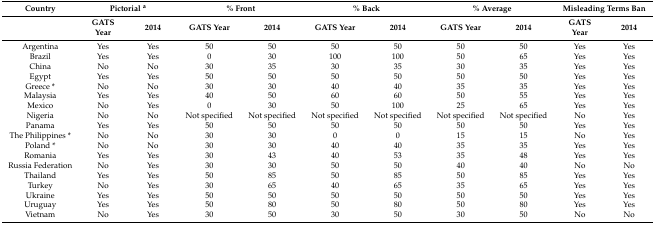
<table><thead><tr><td><b>Country</b></td><td colspan="2"><b>Pictorial <sup>a</sup></b></td><td colspan="2"><b>% Front</b></td><td colspan="2"><b>% Back</b></td><td colspan="2"><b>% Average</b></td><td colspan="2"><b>Misleading Terms Ban</b></td></tr><tr><td></td><td><b>GATS Year</b></td><td><b>2014</b></td><td><b>GATS Year</b></td><td><b>2014</b></td><td><b>GATS Year</b></td><td><b>2014</b></td><td><b>GATS Year</b></td><td><b>2014</b></td><td><b>GATS Year</b></td><td><b>2014</b></td></tr></thead><tbody><tr><td>Argentina</td><td>Yes</td><td>Yes</td><td>50</td><td>50</td><td>50</td><td>50</td><td>50</td><td>50</td><td>Yes</td><td>Yes</td></tr><tr><td>Brazil</td><td>Yes</td><td>Yes</td><td>0</td><td>30</td><td>100</td><td>100</td><td>50</td><td>65</td><td>Yes</td><td>Yes</td></tr><tr><td>China</td><td>No</td><td>No</td><td>30</td><td>35</td><td>30</td><td>35</td><td>30</td><td>35</td><td>Yes</td><td>Yes</td></tr><tr><td>Egypt</td><td>Yes</td><td>Yes</td><td>50</td><td>50</td><td>50</td><td>50</td><td>50</td><td>50</td><td>Yes</td><td>Yes</td></tr><tr><td>Greece *</td><td>No</td><td>No</td><td>30</td><td>30</td><td>40</td><td>40</td><td>35</td><td>35</td><td>Yes</td><td>Yes</td></tr><tr><td>Malaysia</td><td>Yes</td><td>Yes</td><td>40</td><td>50</td><td>60</td><td>60</td><td>50</td><td>55</td><td>Yes</td><td>Yes</td></tr><tr><td>Mexico</td><td>No</td><td>Yes</td><td>0</td><td>30</td><td>50</td><td>100</td><td>25</td><td>65</td><td>Yes</td><td>Yes</td></tr><tr><td>Nigeria</td><td>No</td><td>No</td><td>Not specified</td><td>Not specified</td><td>Not specified</td><td>Not specified</td><td>Not specified</td><td>Not specified</td><td>No</td><td>Yes</td></tr><tr><td>Panama</td><td>Yes</td><td>Yes</td><td>50</td><td>50</td><td>50</td><td>50</td><td>50</td><td>50</td><td>Yes</td><td>Yes</td></tr><tr><td>The Philippines *</td><td>No</td><td>No</td><td>30</td><td>30</td><td>0</td><td>0</td><td>15</td><td>15</td><td>No</td><td>Yes</td></tr><tr><td>Poland *</td><td>No</td><td>No</td><td>30</td><td>30</td><td>40</td><td>40</td><td>35</td><td>35</td><td>Yes</td><td>Yes</td></tr><tr><td>Romania</td><td>Yes</td><td>Yes</td><td>30</td><td>43</td><td>40</td><td>53</td><td>35</td><td>48</td><td>Yes</td><td>Yes</td></tr><tr><td>Russia Federation</td><td>No</td><td>Yes</td><td>30</td><td>30</td><td>50</td><td>50</td><td>40</td><td>40</td><td>No</td><td>No</td></tr><tr><td>Thailand</td><td>Yes</td><td>Yes</td><td>50</td><td>85</td><td>50</td><td>85</td><td>50</td><td>85</td><td>Yes</td><td>Yes</td></tr><tr><td>Turkey</td><td>No</td><td>Yes</td><td>30</td><td>65</td><td>40</td><td>65</td><td>35</td><td>65</td><td>Yes</td><td>Yes</td></tr><tr><td>Ukraine</td><td>Yes</td><td>Yes</td><td>50</td><td>50</td><td>50</td><td>50</td><td>50</td><td>50</td><td>Yes</td><td>Yes</td></tr><tr><td>Uruguay</td><td>Yes</td><td>Yes</td><td>50</td><td>80</td><td>50</td><td>80</td><td>50</td><td>80</td><td>Yes</td><td>Yes</td></tr><tr><td>Vietnam</td><td>No</td><td>Yes</td><td>30</td><td>50</td><td>30</td><td>50</td><td>30</td><td>50</td><td>No</td><td>No</td></tr></tbody></table>